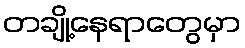
တချို့နေရာတွေမှာ